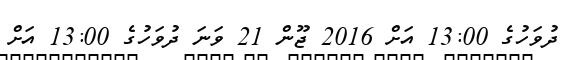
ދުވަހުގެ 13:00 އަށް 2016 ޖޫން 21 ވަނަ ދުވަހުގެ 13:00 އަށް